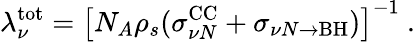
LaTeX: \lambda_{\nu}^{\mathrm{tot}}=\left[N_{A}\rho_{s}(\sigma_{\nu N}^{\mathrm{CC}}+\sigma_{\nu N\rightarrow\mathrm{BH}})\right]^{-1}\ .